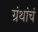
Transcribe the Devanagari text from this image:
ग्रंथांचं